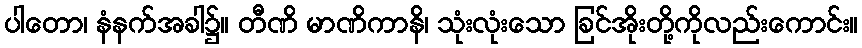
ပါတော၊ နံနက်အခါ၌။ တီဏိ မာဏိကာနိ၊ သုံးလုံးသော ခြင်အိုးတို့ကိုလည်းကောင်း။